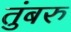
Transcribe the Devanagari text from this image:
तुंबरु